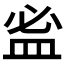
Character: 𥁑